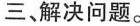
三、解决问题。